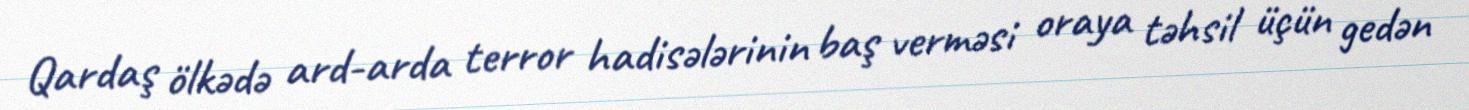
Qardaş ölkədə ard-arda terror hadisələrinin baş verməsi oraya təhsil üçün gedən